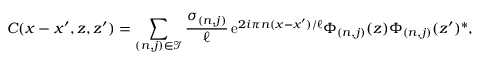
C ( x - x ^ { \prime } , z , z ^ { \prime } ) = \sum _ { ( n , j ) \in \mathcal { I } } \frac { \sigma _ { ( n , j ) } } { \ell } \, \mathrm { e } ^ { 2 i \pi n ( x - x ^ { \prime } ) / \ell } \Phi _ { ( n , j ) } ( z ) \Phi _ { ( n , j ) } ( z ^ { \prime } ) ^ { \ast } ,